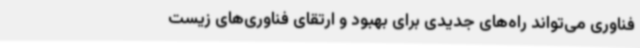
فناوری می‌تواند راه‌های جدیدی برای بهبود و ارتقای فناوری‌های زیست